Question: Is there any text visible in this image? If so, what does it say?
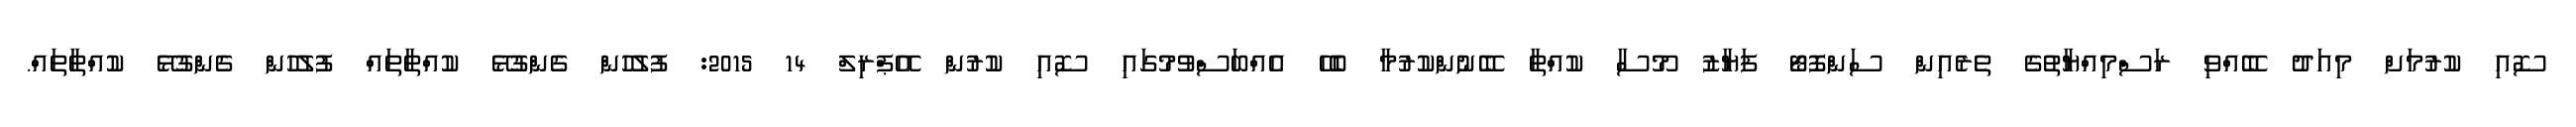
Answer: ސޮއި ކުރުމަށް މިއަދު ބޭއްވި ރަސްމިއްޔާތުގެ ތެރެއިން ސަންފޮޓޯ ފަޔާޒު މޫސާ ކުއްތާ ބޭނުންކުރުމާ ބެހޭ އެއްބަސްވުމުގައި ސޮއި ކުރުން އޭޕްރިލް 14 2015: ފުލުހުން ގެންގުޅޭ ކުއްތާތައް ފުލުހުން ގެންގުޅޭ ކުއްތާތައް.